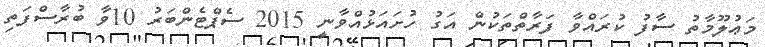
މަޢުލޫމާތު ސާފު ކުރައްވާ ފަރާތްތަކުން އަގު ހުށައަޅުއްވާނީ 2015 ސެޕްޓެންބަރު 10ވާ ބުރާސްފަތި